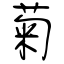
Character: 菊